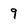
Character: 9